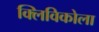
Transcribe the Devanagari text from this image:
क्लिविकोला